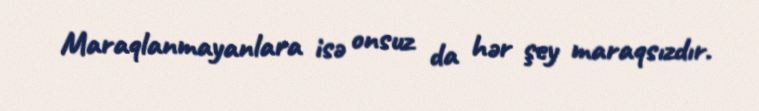
Maraqlanmayanlara isə onsuz da hər şey maraqsızdır.